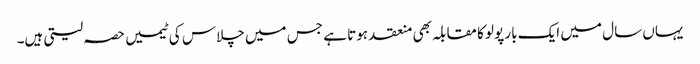
یہاں سال میں ایک بار پولو کا مقابلہ بھی منعقد ہوتا ہے جس میں چلاس کی ٹیمیں حصہ لیتی ہیں۔